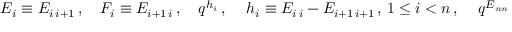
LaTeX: E _ { i } \equiv E _ { i \, i + 1 } \, , ~ ~ ~ F _ { i } \equiv E _ { i + 1 \, i } \, , ~ ~ ~ q ^ { h _ { i } } \, , ~ ~ ~ \, h _ { i } \equiv E _ { i \, i } - E _ { i + 1 \, i + 1 } \, , \, 1 \leq i < n \, , ~ ~ ~ \, q ^ { E _ { n n } }